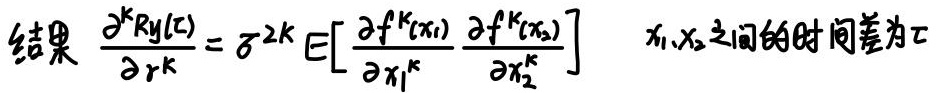
结果\(\frac{\partial^{k}R_Y(\tau)}{\partial r^{k}} = \sigma^{2k} E\left[\frac{\partial f^{k}(x_1)}{\partial x_1^{k}} \frac{\partial f^{k}(x_2)}{\partial x_2^{k}}\right]\)，\(x_1\)与\(x_2\)之间的时间差为\(\tau\)。